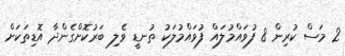
2 މަސް ކުރިން 8 ފުވައްމުލައް ފުވައްމުލަކު ތުނޑީ ވެލި ބަރުކޮށްގެންދާ އޮޑިތަކަށް